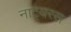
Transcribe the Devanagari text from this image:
नाट्यरस